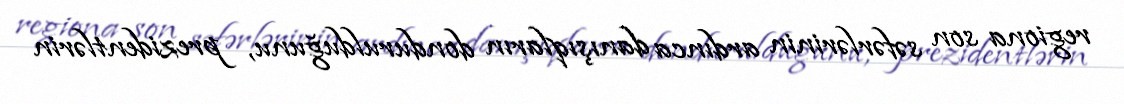
regiona son səfərlərinin ardınca danışıqların dondurulduğunu, prezidentlərin